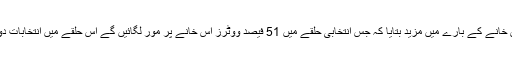
انہوں نے اس خانے کے بارے میں مزید بتایا کہ جس انتخابی حلقے میں 51 فیصد ووٹرز اس خانے پر مور لگائیں گے اس حلقے میں انتخابات دوبارہ ہو گے۔